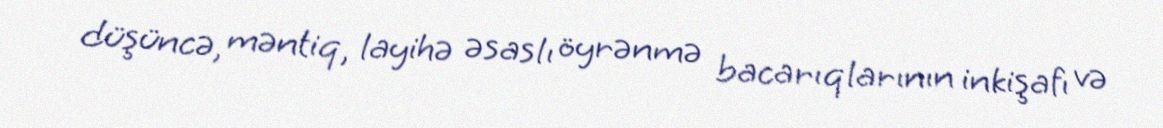
düşüncə, məntiq, layihə əsaslı öyrənmə bacarıqlarının inkişafı və